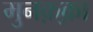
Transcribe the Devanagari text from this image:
मुनक़्क़ा